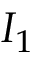
I _ { 1 }